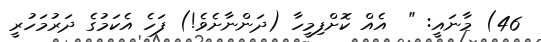
46) މާނައީ: "  އެއް ކޮށްފިމީހާ (ދަންނާށެވެ!) ފަހެ އެކަމުގެ ދަރުމަހުރީ